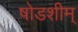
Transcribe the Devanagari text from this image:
षोडशीम्